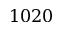
1 0 2 0